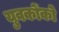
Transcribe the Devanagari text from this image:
युवकोंको